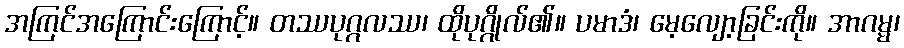
အကြင်အကြောင်းကြောင့်။ တဿပုဂ္ဂလဿ၊ ထိုပုဂ္ဂိုလ်၏။ ပမာဒံ၊ မေ့လျော့ခြင်းကို။ အာဂမ္မ၊